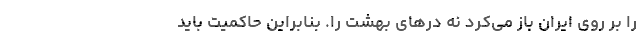
را بر روی ایران باز می‌‌کرد نه درهای بهشت را. بنابراین حاکمیت باید